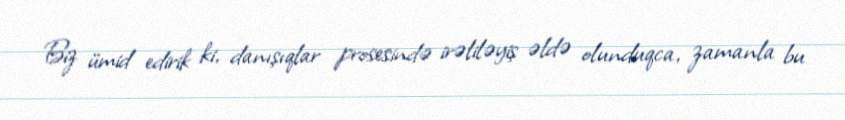
Biz ümid edirik ki, danışıqlar prosesində irəliləyiş əldə olunduqca, zamanla bu